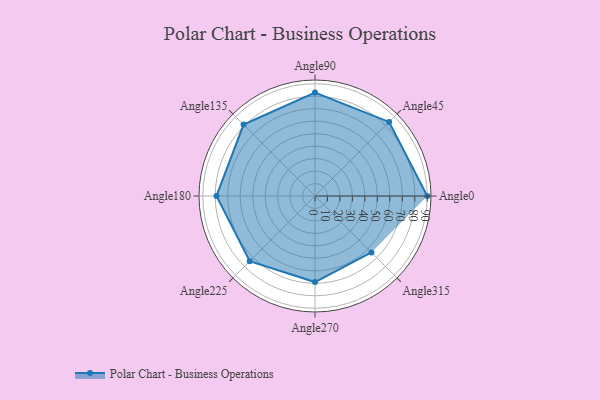
{"axis": {"x": "Angle", "y": "Radius"}, "legend": [""], "data": [{"x": "Angle0", "y": 90.0, "type": ""}, {"x": "Angle45", "y": 84.0, "type": ""}, {"x": "Angle90", "y": 83.0, "type": ""}, {"x": "Angle135", "y": 81.0, "type": ""}, {"x": "Angle180", "y": 79.0, "type": ""}, {"x": "Angle225", "y": 74.0, "type": ""}, {"x": "Angle270", "y": 69.0, "type": ""}, {"x": "Angle315", "y": 64.0, "type": ""}]}